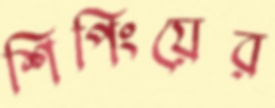
শিপিংয়ের